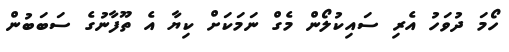
ހޯމަ ދުވަހު އެރި ސައިކުލޯން މެގް ނަމަކަށް ކިޔާ އެ ތޫފާނުގެ ސަބަބުން